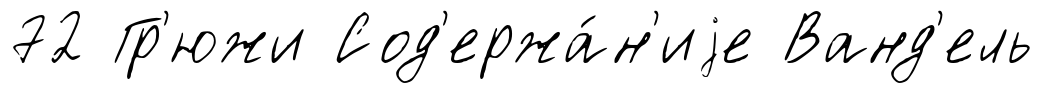
72 Гр'южи Сод'ержа́н'иjе Ванд'ель